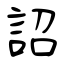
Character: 詔